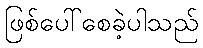
ဖြစ်ပေါ်စေခဲ့ပါသည်